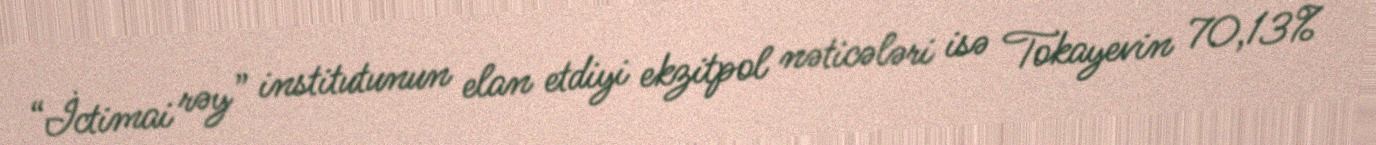
“İctimai rəy” institutunun elan etdiyi ekzitpol nəticələri isə Tokayevin 70,13%